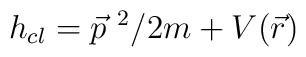
h_{cl} = \vec{p}^{~ 2}/ 2m + V(\vec{r})